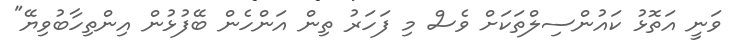
ވަނީ އަތޮޅު ކައުންސިލްތަކަށް ވެސް މި ފަހަރު ތިން އަންހެން ބޭފުޅުން އިންތިހާބުވިޔޭ"